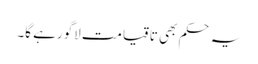
یہ حکم بھی تاقیامت لاگو رہے گا۔